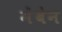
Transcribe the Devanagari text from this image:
मेंबेन